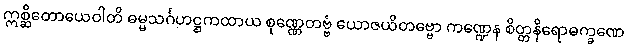
ဣစ္ဆိတောယေဝါတိ ဓမ္မသင်္ဂဟဋ္ဌကထာယ စုဏ္ဏေတဗ္ဗံ ယောဇယိတဗ္ဗော ကဏ္ဍေန စိတ္တနိရောဓက္ခဏေ